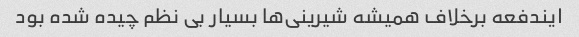
ایندفعه برخلاف همیشه شیرینی‌ها بسیار بی نظم چیده شده بود